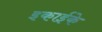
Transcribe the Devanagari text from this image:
इकाईके